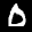
Label: 0